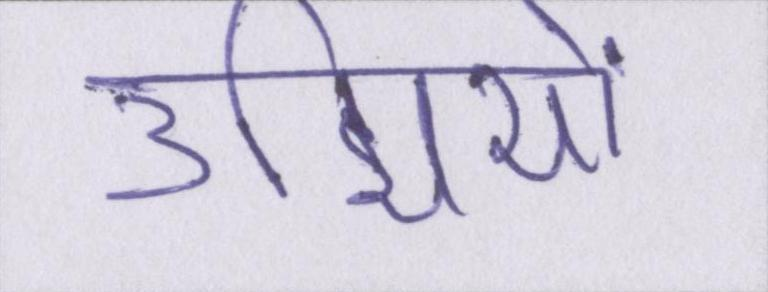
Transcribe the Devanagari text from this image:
उद्मियों